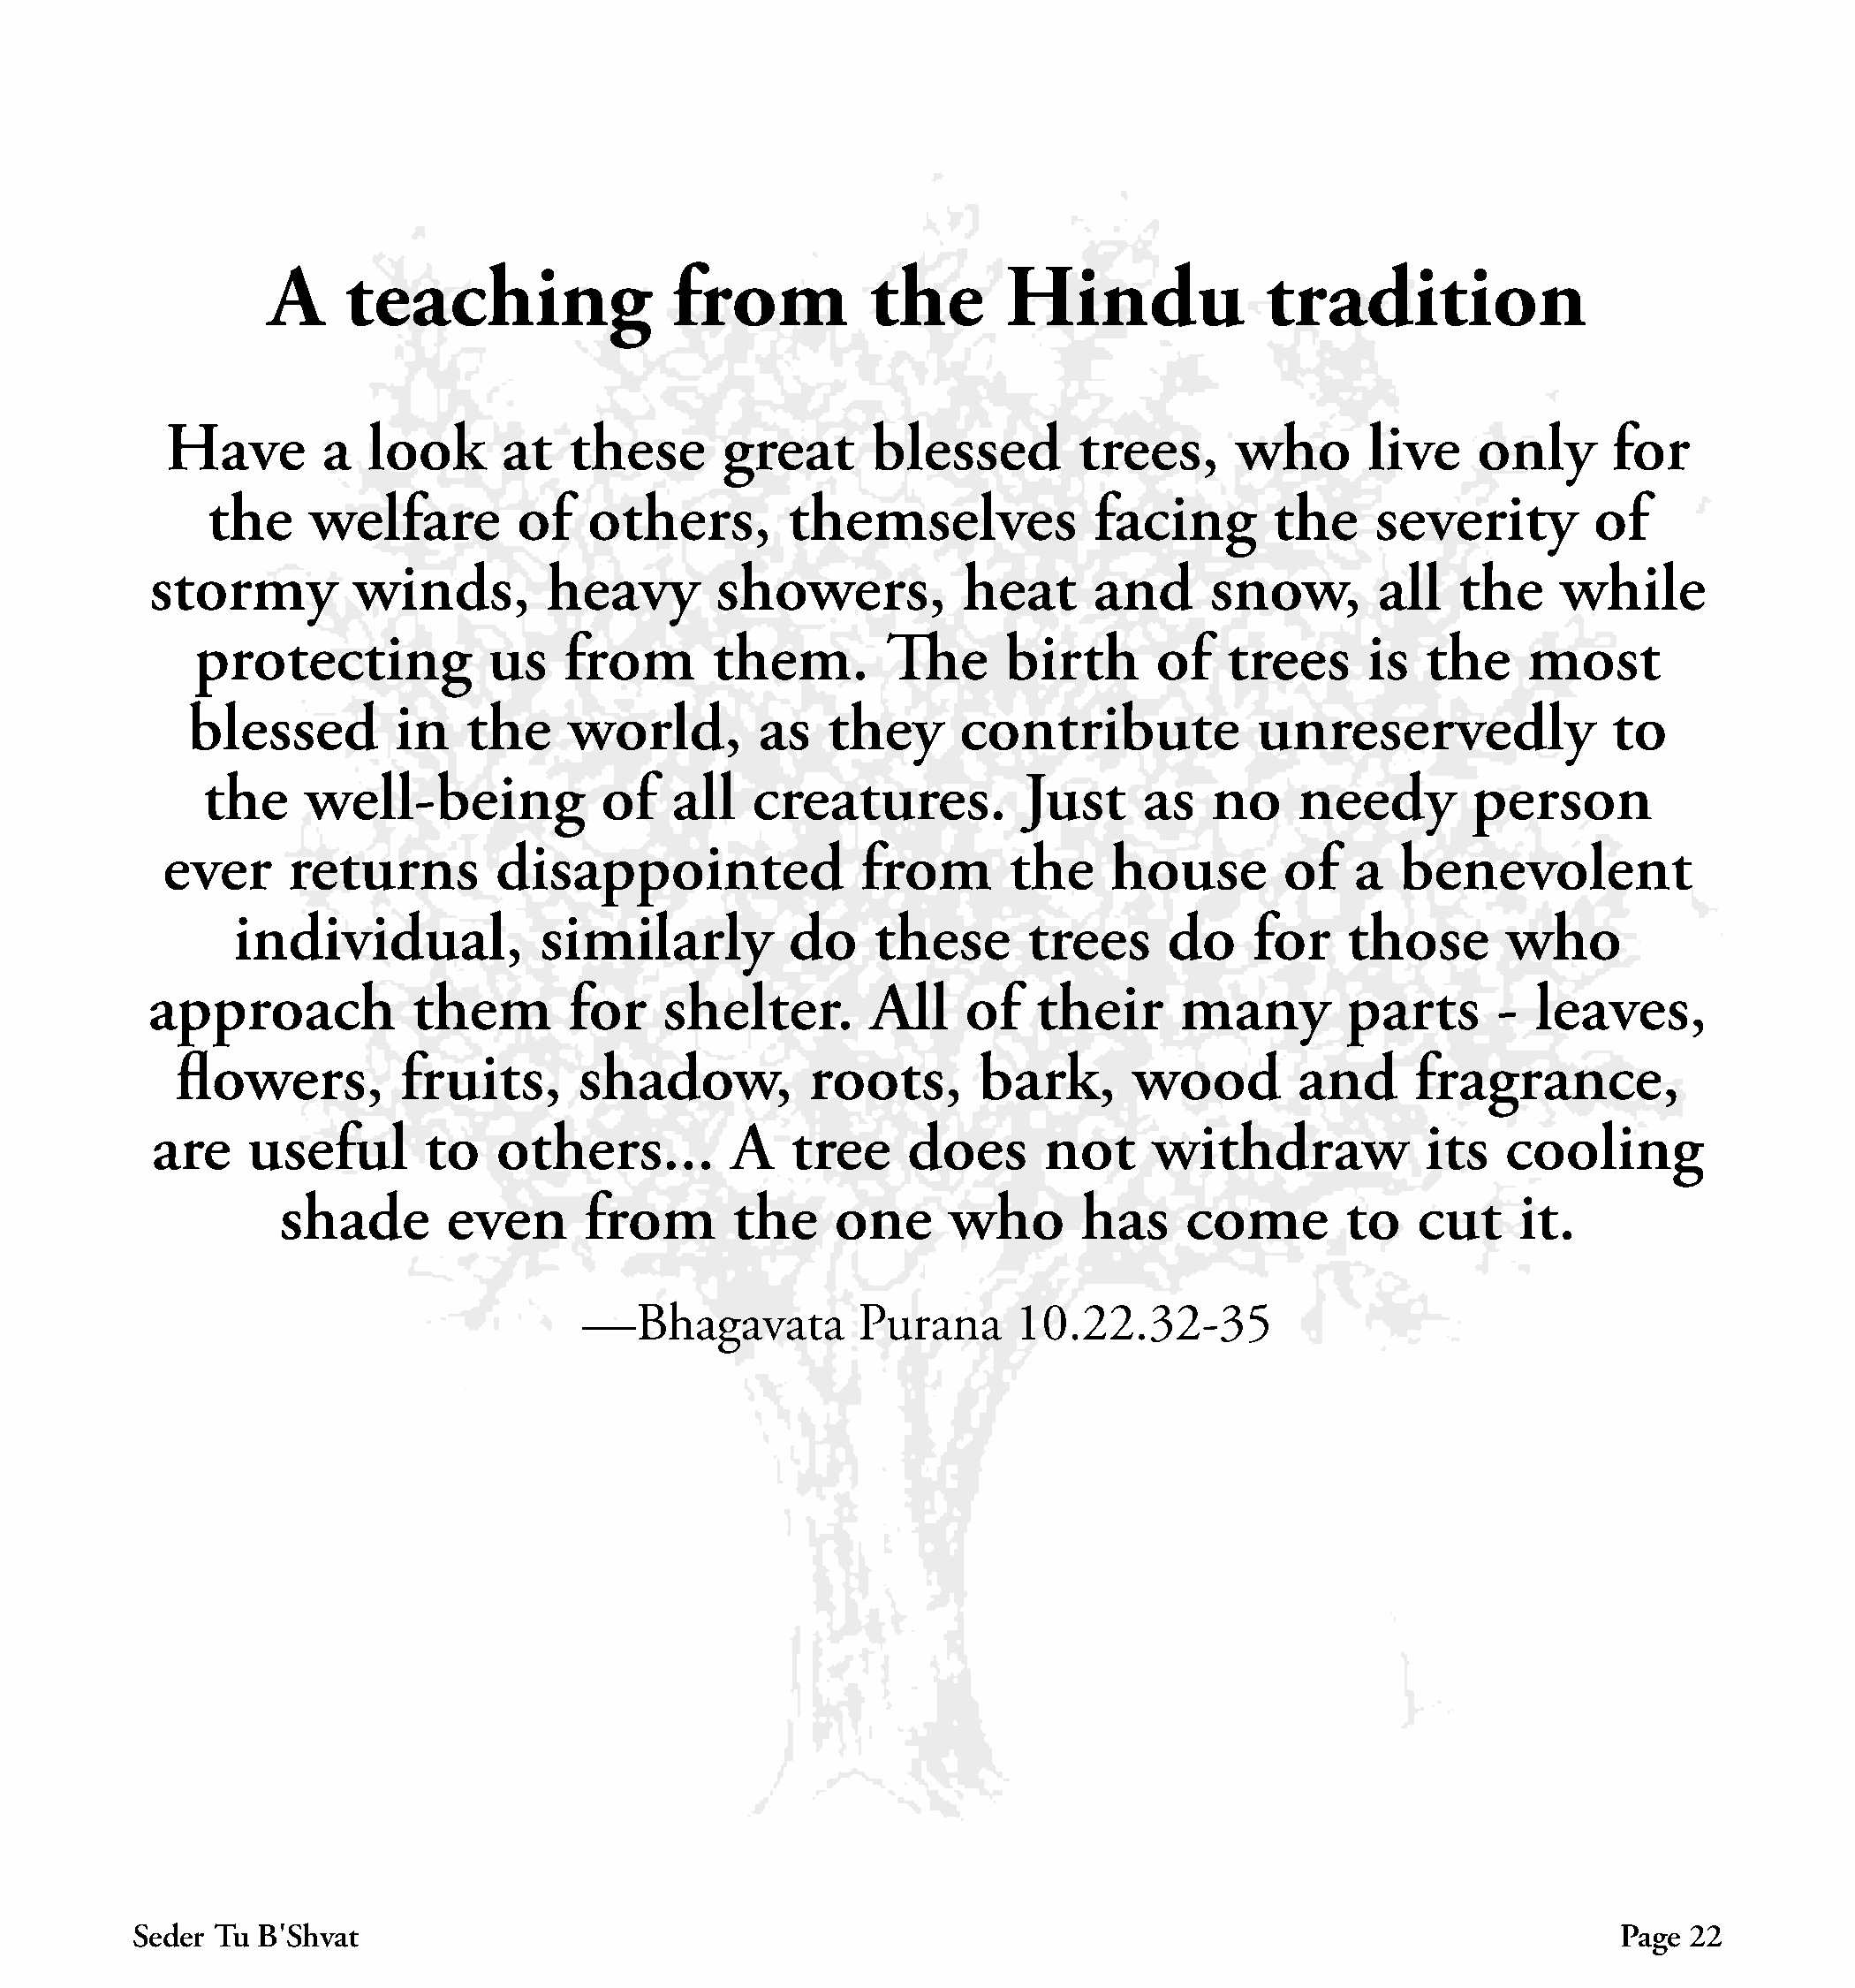
A     teaching                from           the       Hindu               tradition
 Have        a   look      at   these      great      blessed         trees,      who       live    only      for
 the    welfare         of   others,        themselves             facing       the     severity        of
 stormy         winds,         heavy        showers,          heat      and      snow,       all   the     while
 protecting            us   from       them.        The      birth       of   trees     is   the    most
 blessed         in   the     world,        as   they      contribute            unreservedly               to
 the     well-being            of   all   creatures.           Just     as   no    needy        person
 ever      returns        disappointed               from        the    house        of   a   benevolent
 individual,           similarly          do    these       trees     do     for    those       who
 approach            them        for    shelter.       All    of    their     many         parts      -  leaves,
 flowers,         fruits,      shadow,           roots,      bark,       wood        and      fragrance,
 are     useful       to   others...         A   tree     does      not     withdraw             its   cooling
 shade       even       from       the     one     who       has     come        to   cut     it.
 —Bhagavata          Purana      10.22.32-35
 Seder Tu B׳Shvat                                                                                               Page  22